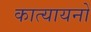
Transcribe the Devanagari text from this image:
कात्यायनों